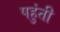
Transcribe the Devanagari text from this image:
पहुंती